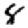
Digit: 8